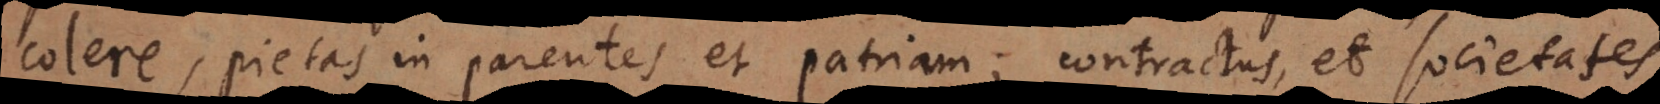
colere, pietas in parentes et patriam; contractus, et societates